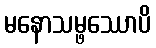
မနောသမ္ဖဿောပိ